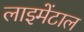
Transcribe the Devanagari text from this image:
लाइमेंटाल